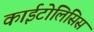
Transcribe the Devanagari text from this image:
काईटोलिसिस